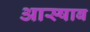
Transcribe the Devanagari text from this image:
आस्षाब